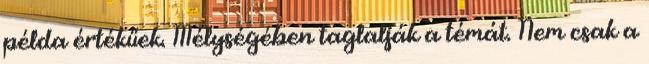
példa értékűek. Mélységében taglalják a témát. Nem csak a